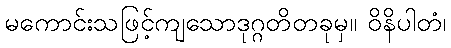
မကောင်းသဖြင့်ကျသောဒုဂ္ဂတိတခုမှ။ ဝိနိပါတံ၊